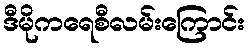
ဒီမိုကရေစီလမ်းကြောင်း